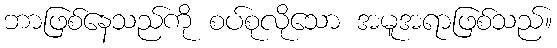
ဘာဖြစ်နေသည်ကို စပ်စုလိုသော အမူအရာဖြစ်သည်။